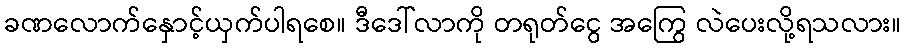
ခဏလောက်နှောင့်ယှက်ပါရစေ။ ဒီဒေါ်လာကို တရုတ်ငွေ အကြွေ လဲပေးလို့ရသလား။